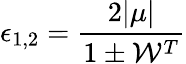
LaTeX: \epsilon_{1,2}=\frac{2|\mu|}{1\pm\mathcal{W}^{T}}